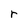
Character: r